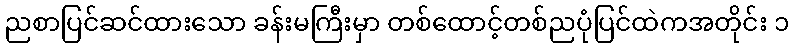
ညစာပြင်ဆင်ထားသော ခန်းမကြီးမှာ တစ်ထောင့်တစ်ညပုံပြင်ထဲကအတိုင်း ၁